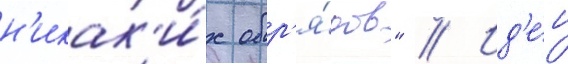
н'икак'и́х обр'я́дов" // Ид'е́и